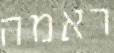
ראמה